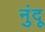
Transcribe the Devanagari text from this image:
नुंदू